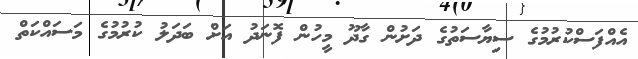
އެއްފަސްކުރުމުގެ ސިޔާސަތުގެ ދަށުން ގާދޫ މީހުން ފޮނަދު އަށް ބަދަލު ކުރުމުގެ މަސައްކަތް